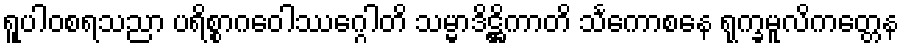
ရူပါဝစရသညာ ပရိစ္စာဂဝေါဿဂ္ဂေါတိ သမ္မာဒိဋ္ဌိကာတိ သင်္ကောစနေ ရုက္ခမူလိကတ္တေန